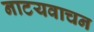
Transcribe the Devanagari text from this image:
नाटयवाचन